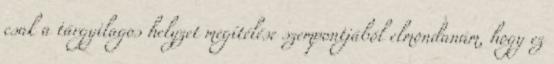
csak a tárgyilagos helyzet megítélése szempontjából elmondanám, hogy ez